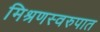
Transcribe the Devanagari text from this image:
मिश्रणस्वरुपात